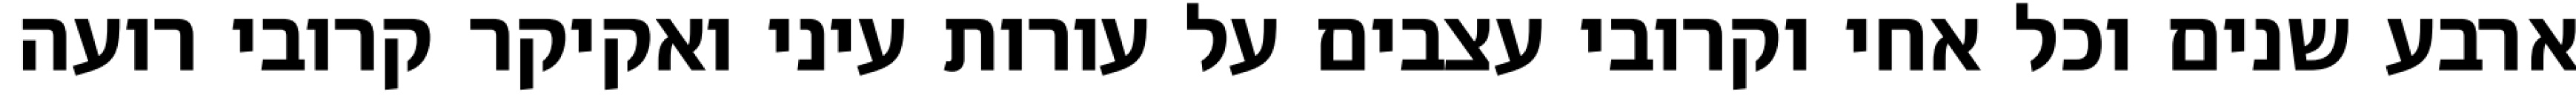
ארבע שנים וכל אחי וקרובי עצבים על עורות עיני ואקיקר קרובי רועה